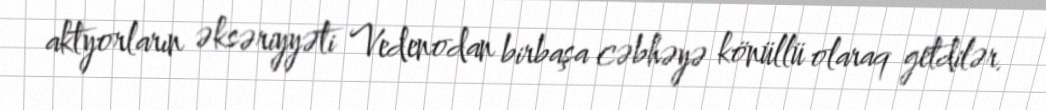
aktyorların əksəriyyəti Vedenodan birbaşa cəbhəyə könüllü olaraq getdilər.